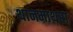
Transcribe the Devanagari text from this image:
थानमाथरा